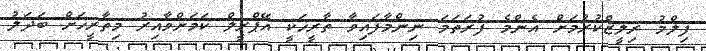
ފިލްމު ރިލީޒްކުރުމަށް އެންމެ ފުރަތަމަ ނިންމާފައިވާ ތާރީޚަކީ އޭޕްރީލް ކަމަށްވާއިރު މިތާރީޚަށް ބަދަލު